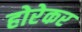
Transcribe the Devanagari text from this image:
होरेकर